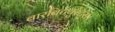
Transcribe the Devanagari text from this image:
बारबिटयुरेट्स।